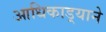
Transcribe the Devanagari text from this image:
आधिकाड़्याने